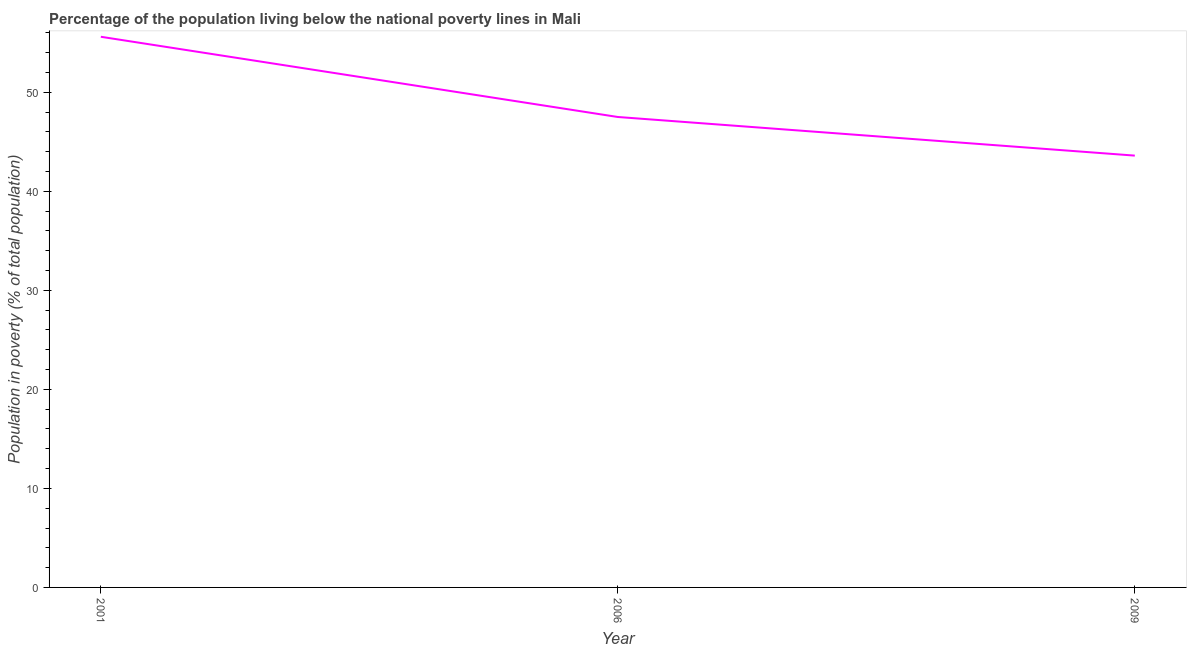
| Year | Poverty headcount ratio |
 | --- | --- |
 | 2001 | 55.6 |
 | 2006 | 47.5 |
 | 2009 | 43.6 |